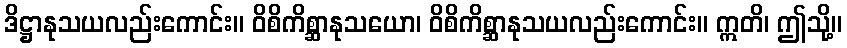
ဒိဋ္ဌာနုသယလည်းကောင်း။ ဝိစိကိစ္ဆာနုသယော၊ ဝိစိကိစ္ဆာနုသယလည်းကောင်း။ ဣတိ၊ ဤသို့။